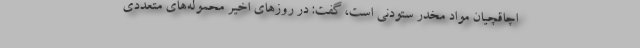
اچاقچیان مواد مخدر ستودنی است، گفت: در روزهای اخیر محموله‌های متعددی